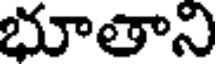
భూతాని